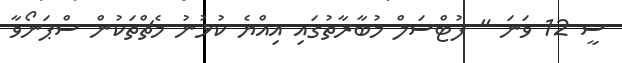
ސީ 12 ވަނަ " ފުޓްސަލް މުބާރާތުގައި އިއްޔެ ކުޅުނު މެޗްތަކުން ސްޕަނޯވާ